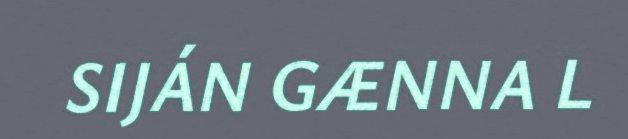
SIJÁN GÆNNA L